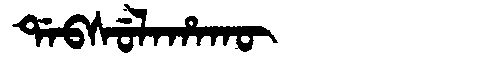
Manchu: ᡩᠠᠪᠰᡠᠯᠠᡥᠠᡴᡡ
Romanization: DABSULAHAKŪ